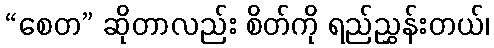
“စေတ” ဆိုတာလည်း စိတ်ကို ရည်ညွှန်းတယ်၊